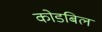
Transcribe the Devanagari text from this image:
कोडबिल